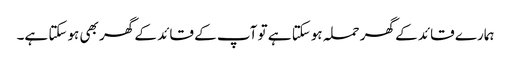
ہمارے قائد کے گھر حملہ ہوسکتا ہے تو آپ کے قائد کے گھر بھی ہوسکتا ہے۔